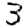
Digit: 3